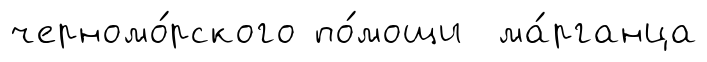
черномо́рского по́мощи ма́рганца